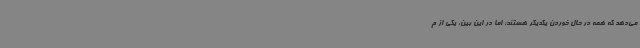
می‌دهد که همه در حال خوردن یکدیگر هستند؛ اما در این بین، یکی از م